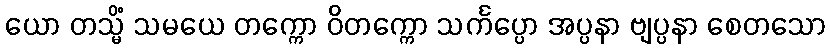
ယော တသ္မိံ သမယေ တက္ကော ဝိတက္ကော သင်္ကပ္ပော အပ္ပနာ ဗျပ္ပနာ စေတသော